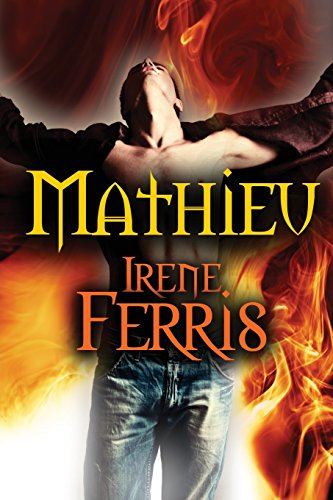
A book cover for Mathieu; Irene Ferris; Science Fiction & Fantasy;